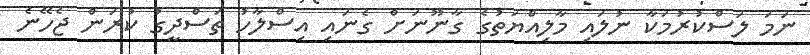
ނަމަ ލަސްކުރުމަކާ ނުލައި މާލިއްޔަތުގެ ގާނޫނަށް ގެނައި އިސްލާހު ތަސްދީގު ކުރަން ޖެހޭނެ